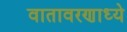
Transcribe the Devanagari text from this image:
वातावरणाध्ये